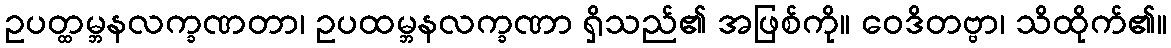
ဥပတ္ထမ္ဘနလက္ခဏတာ၊ ဥပထမ္ဘနလက္ခဏာ ရှိသည်၏ အဖြစ်ကို။ ဝေဒိတဗ္ဗာ၊ သိထိုက်၏။